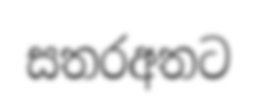
සතරඅතට